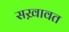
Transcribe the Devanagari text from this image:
सख़ावत